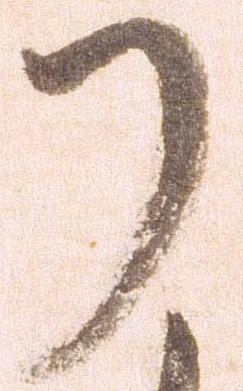
了